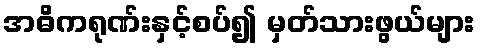
အဓိကရုဏ်းနှင့်စပ်၍ မှတ်သားဖွယ်များ